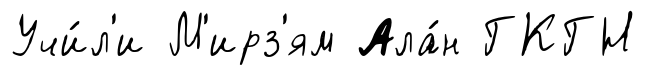
Учи́л'и М'ирз'ям Ала́н ГКГН